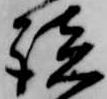
談